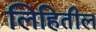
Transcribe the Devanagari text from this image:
लिहितील